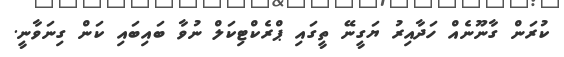
ކުރަން ގާނޫނެއް ހަދާއިރު ޔަގީނޭ ތީގައި ޕްރެކްޓިކަލް ނުވާ ބައިބައި ކަން ގިނަވާނީ.